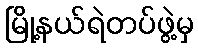
မြို့နယ်ရဲတပ်ဖွဲ့မှ